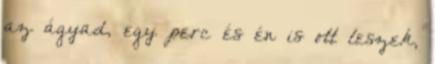
az ágyad, egy perc és én is ott leszek,